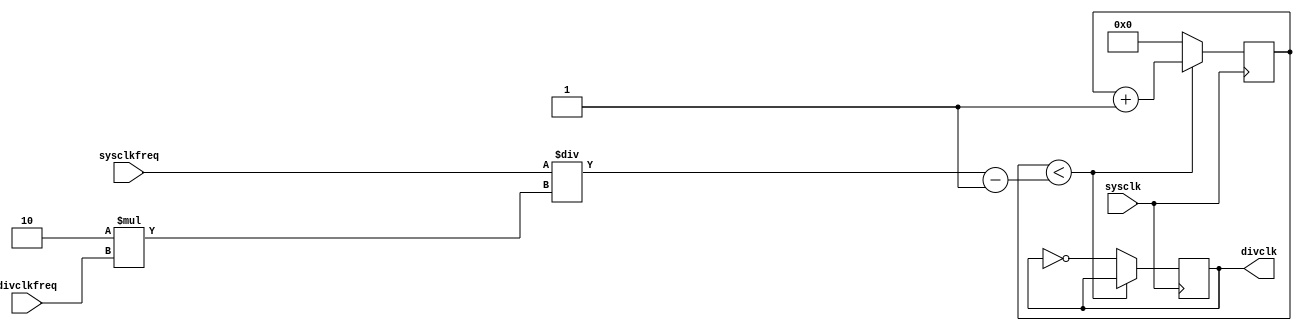
module clock_divider(
    sysclk, 		// System Clock Input 100 Mhz
    sysclkfreq,
    divclkfreq,
    divclk);

    input [63:0] sysclkfreq;
    input [63:0] divclkfreq;
    input sysclk;

    output divclk;

    wire[64:0] CounterLimit;
    reg divided_clk = 0;
    reg[64:0] counter = 0;
    
    assign CounterLimit = (sysclkfreq / (2 * divclkfreq)) - 1;
    
    always @(posedge sysclk) begin
       if(counter < CounterLimit)
           counter <= counter + 1;
       else begin
           counter <= 0;    
           divided_clk <= ~divided_clk;
       end
    end

    assign divclk = divided_clk;
    
endmodule